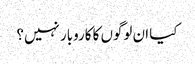
کیا ان لوگوں کا کاروبار نہیں؟